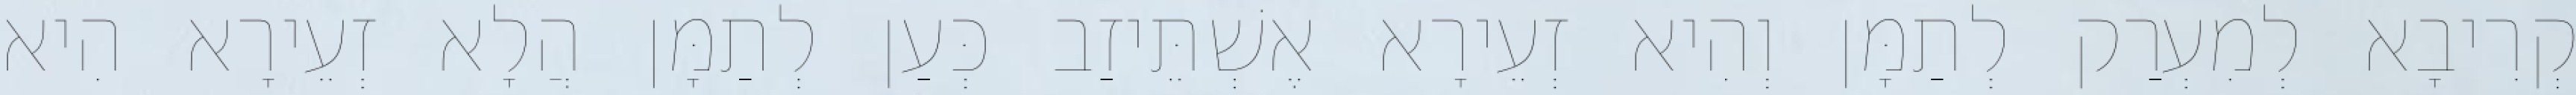
קְרִיבָא לְמִעְרַק לְתַמָּן וְהִיא זְעֵירָא אֶשְׁתֵּיזַב כְּעַן לְתַמָּן הֲלָא זְעֵירָא הִיא